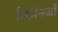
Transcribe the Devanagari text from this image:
बिज़ेनजो